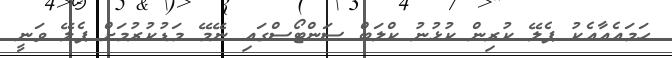
ހަމައެއާއެކު ޕެލޭ ކުރިން ކުޅުނު ކްލަބް ސަންޓޯސްގައި ނޭމޭ މަޑުކުރުމަށް ޕެލޭ ވަނީ